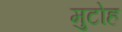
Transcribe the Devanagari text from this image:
मुटोह